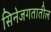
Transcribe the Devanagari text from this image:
सिनेजगतातील